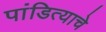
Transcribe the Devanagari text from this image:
पांडित्याचे